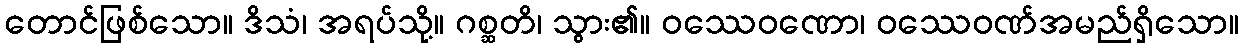
တောင်ဖြစ်သော။ ဒိသံ၊ အရပ်သို့။ ဂစ္ဆတိ၊ သွား၏။ ဝဿေဝဏော၊ ဝဿေဝဏ်အမည်ရှိသော။